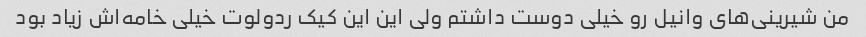
من شیرینی‌های وانیل رو خیلی دوست داشتم ولی این این کیک ردولوت خیلی خامه‌اش زیاد بود